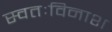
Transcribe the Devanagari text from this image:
स्वतःविनाश